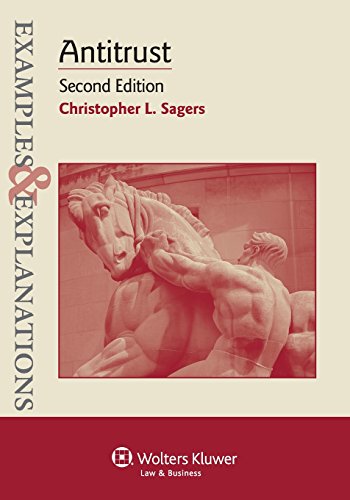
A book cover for Examples & Explanations: Antitrust, Second Edition; Christopher L. Sagers; Law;